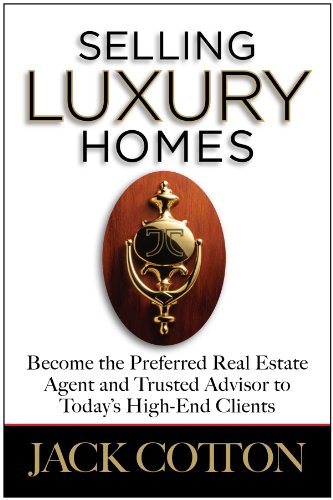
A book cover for Selling Luxury Homes; Jack Cotton; Business & Money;